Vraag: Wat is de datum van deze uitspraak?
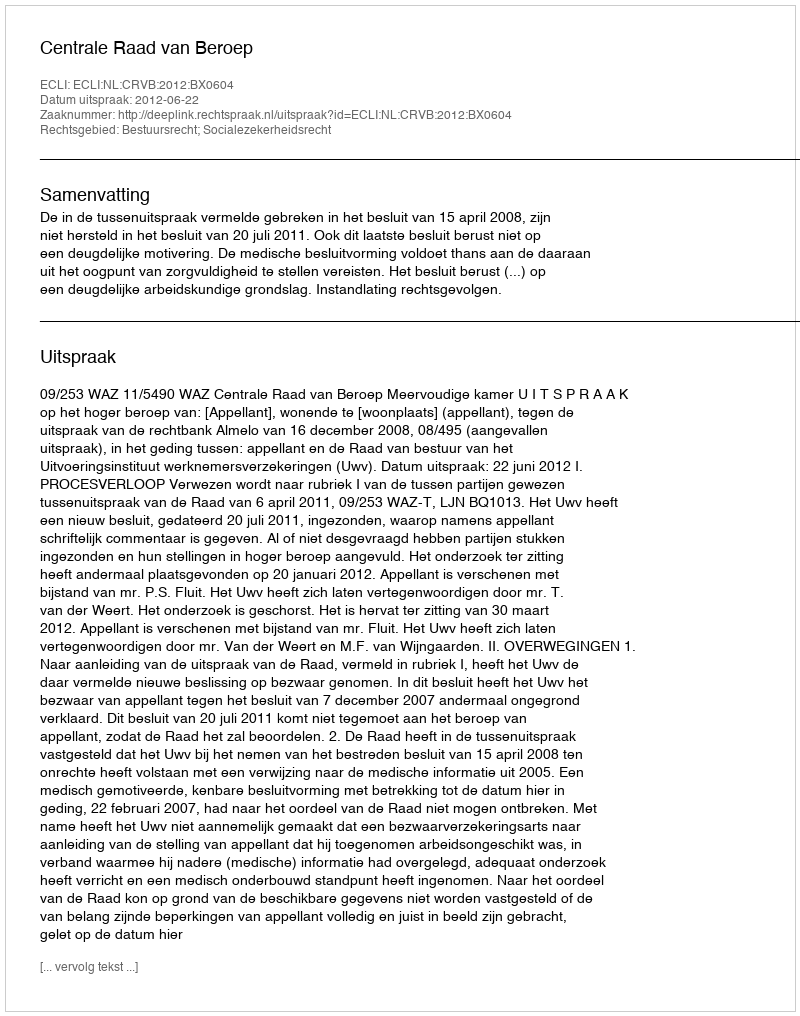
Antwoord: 2012-06-22